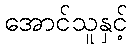
အောင်သူနှင့်